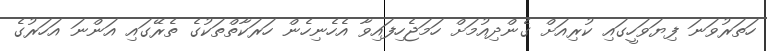
ހަތަރުވަނަ ފިޔަވަހީގައި ކުރިއަށް ގެންދިއުމަށް ހަމަޖެހިފައިވާ އެހެނިހެން ހަރަކާތްތަކުގެ ތެރޭގައި އަންނަ އަހަރުގެ